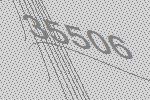
35506